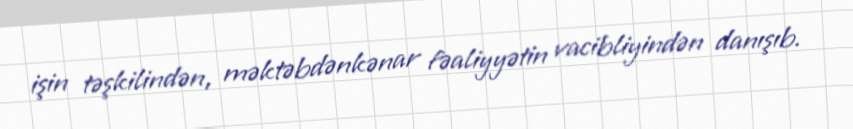
işin təşkilindən, məktəbdənkənar fəaliyyətin vacibliyindən danışıb.